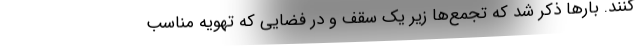
‌کنند. بارها ذکر شد که تجمع‌ها زیر یک سقف و در فضایی که تهویه مناسب